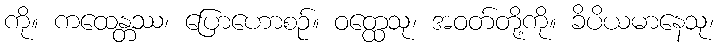
ကို။ ကထေန္တဿ၊ ပြောဟောစဉ်။ ဝတ္ထေသု၊ အဝတ်တို့ကို။ ခိပိယမာနေသု၊